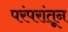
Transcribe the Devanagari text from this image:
परंपरांतून